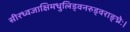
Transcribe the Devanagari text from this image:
सीरध्वजाक्षिमधुलिड्वनरुड्वराङ्घ्रेः।